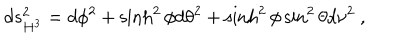
LaTeX: d s _ { H ^ { 3 } } ^ { 2 } = d \phi ^ { 2 } + \sinh ^ { 2 } \phi d \theta ^ { 2 } + \sinh ^ { 2 } \phi \sin ^ { 2 } \theta d \nu ^ { 2 } \ ,